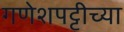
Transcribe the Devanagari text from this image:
गणेशपट्टीच्या